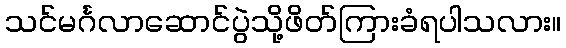
သင်မင်္ဂလာဆောင်ပွဲသို့ဖိတ်ကြားခံရပါသလား။